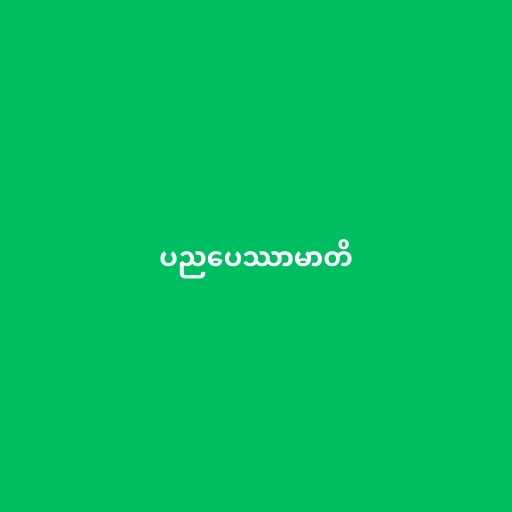
ပညပေဿာမာတိ